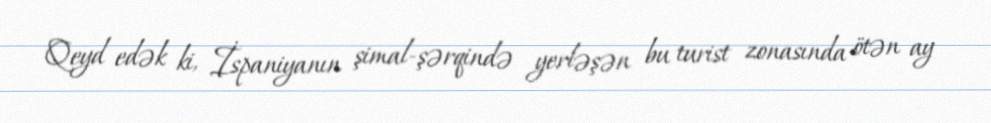
Qeyd edək ki, İspaniyanın şimal-şərqində yerləşən bu turist zonasında ötən ay